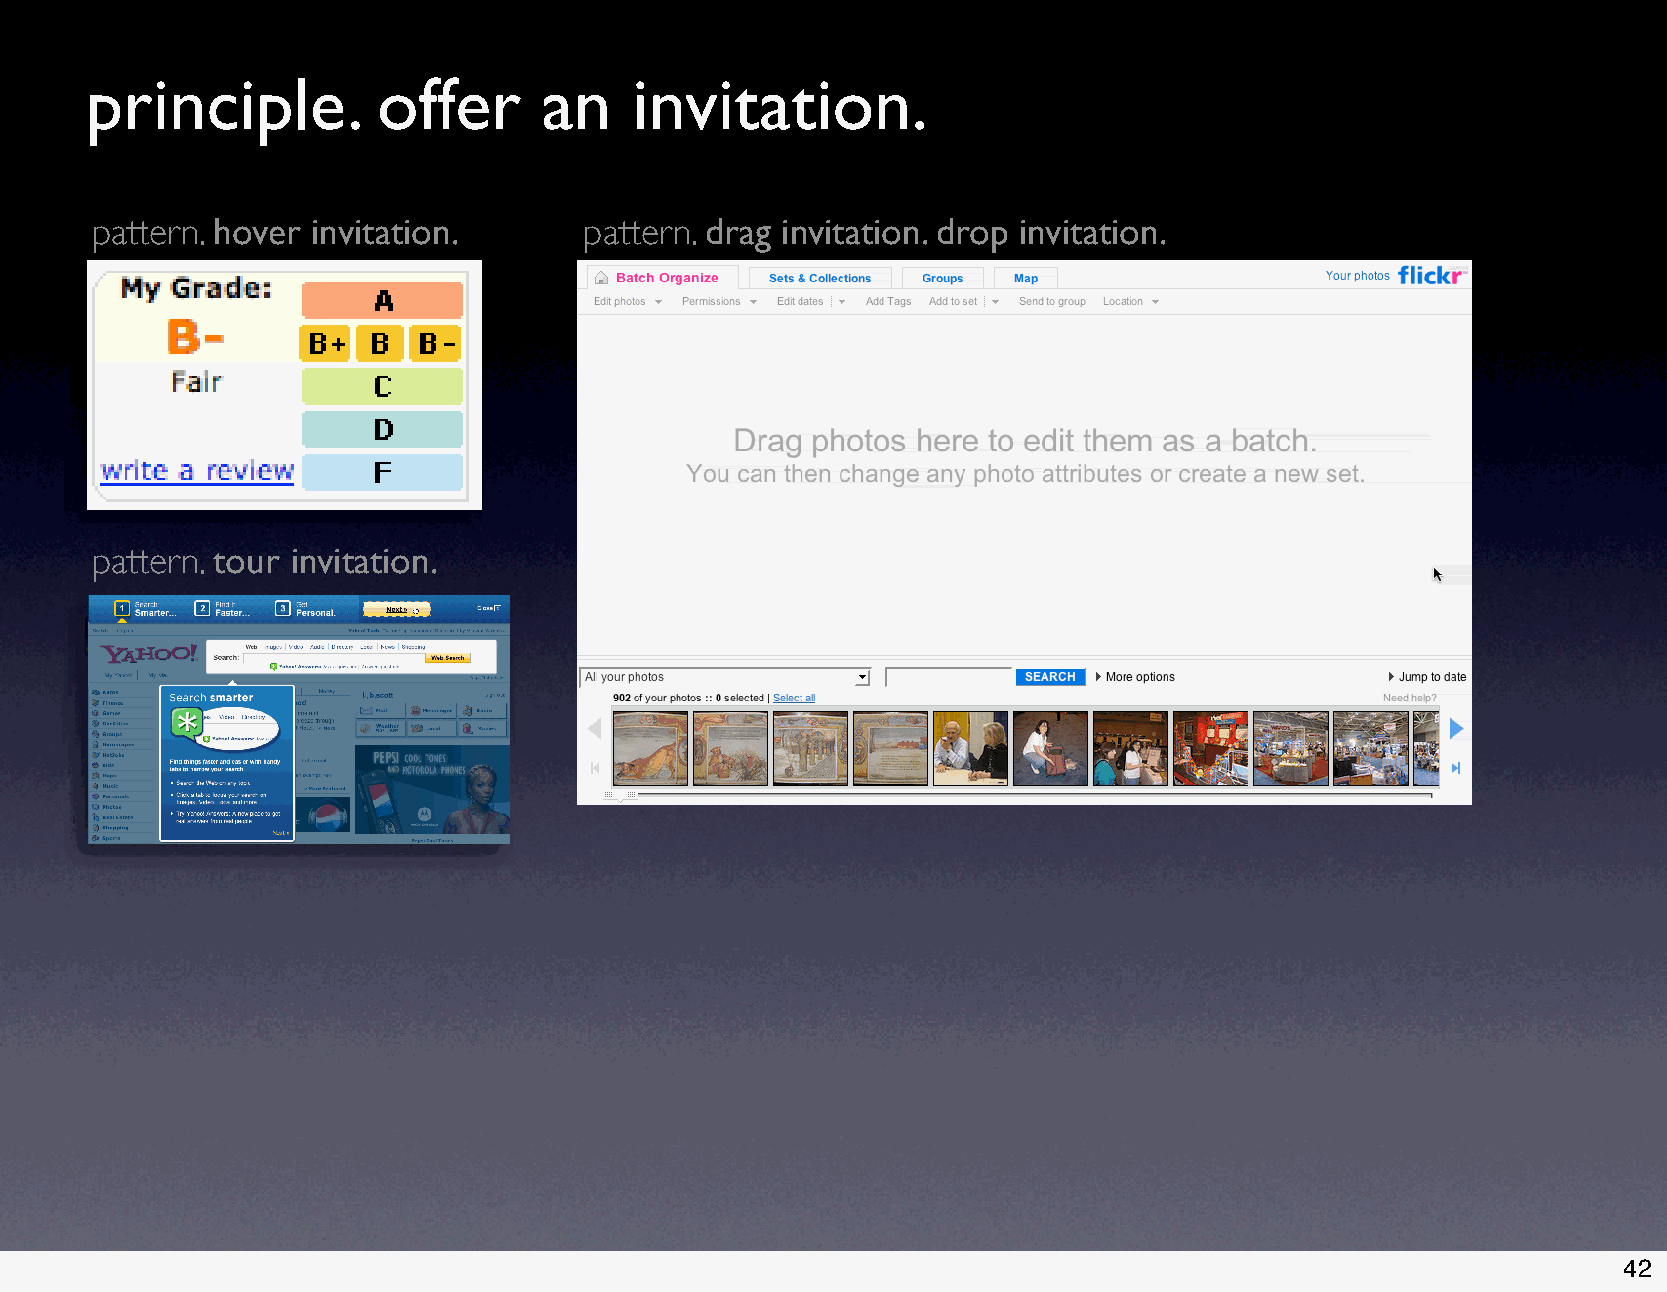
principle.         offer      an    invitation.
 pattern. hover invitation.       pattern. drag invitation. drop invitation.
 pattern. tour invitation.
 42